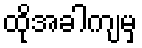
ထိုအခါကျမှ